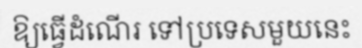
ឱ្យធ្វើដំណើរ ទៅប្រទេសមួយនេះ